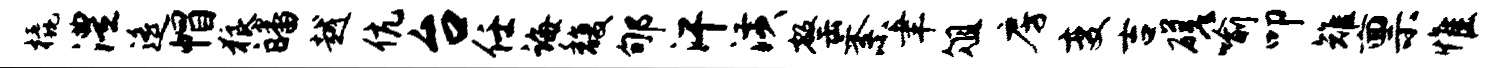
橇澧遥帽狼皤越伉台任诲馥郇汗潢罄紊聿俎房变吉磋喻叩雉禀惟